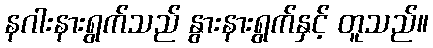
နဂါးနားရွက်သည် နွားနားရွက်နှင့် တူသည်။